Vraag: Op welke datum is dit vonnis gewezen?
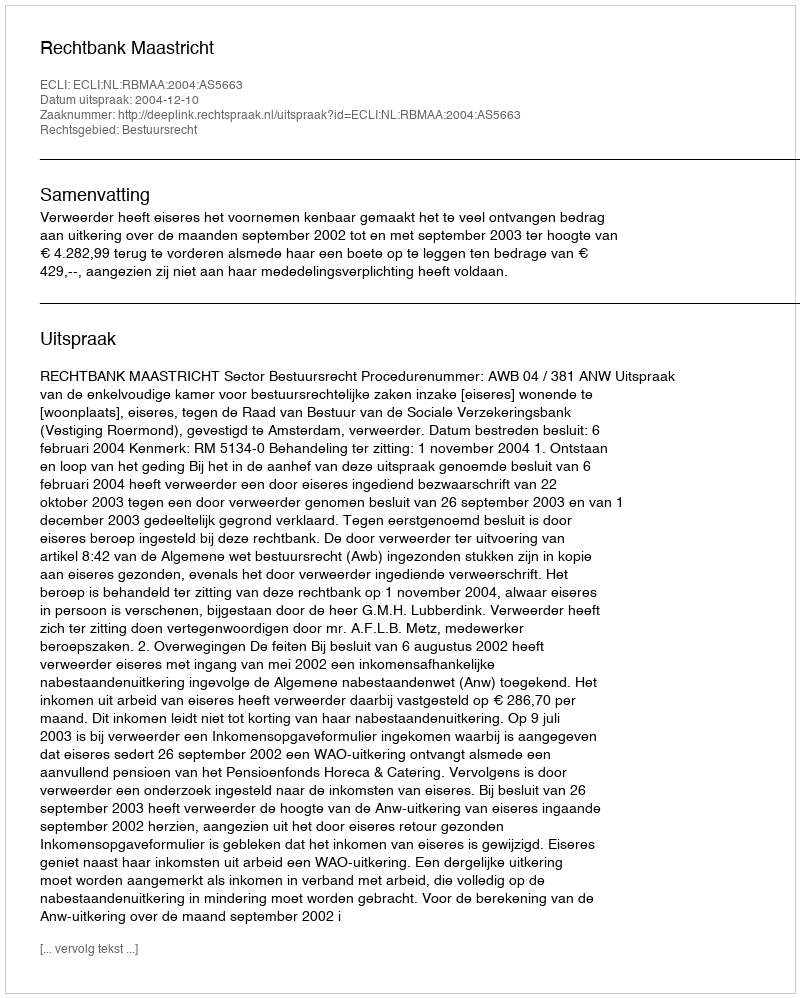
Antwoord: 2004-12-10